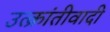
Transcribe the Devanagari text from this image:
उत्क्रांतीवादी